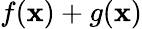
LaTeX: f(\mathbf{x})+g(\mathbf{x})